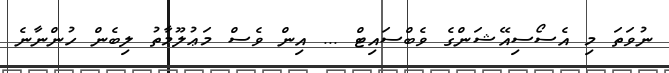
ނުވަތަ މި އެސޯސިއޭޝަންގެ ވެބްސައިޓް ... އިން ވެސް މަޢުލޫމާތު ލިބެން ހުންނާނެ